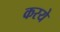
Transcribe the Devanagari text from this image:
करये